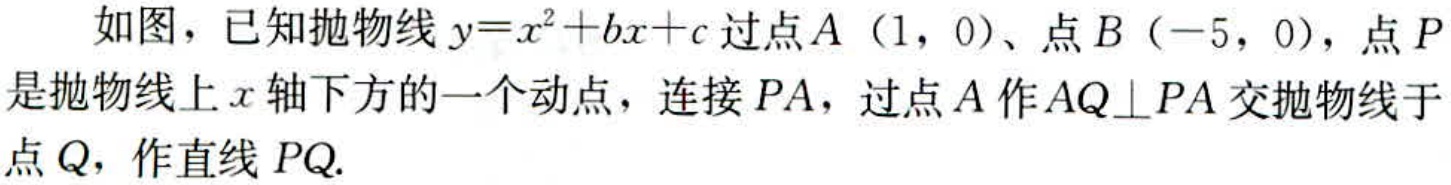
如图，已知抛物线\(y = x^{2}+bx + c\)过点\(A(1,0)\)、点\(B(-5,0)\)，点\(P\)是抛物线上\(x\)轴下方的一个动点，连接\(PA\)，过点\(A\)作\(AQ\perp PA\)交抛物线于点\(Q\)，作直线\(PQ\).